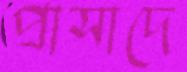
প্রাসাদে